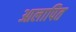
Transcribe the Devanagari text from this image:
आलापित